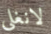
لانغلي